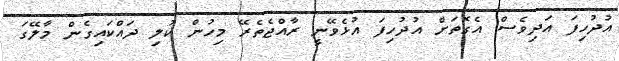
އުދުހިފަ އަދިވެސް އެގޮތަށް އުދުހިފަ އުޅެވޭނީ ރާއްޖެތެރޭ މިހުން ކުލި ދައްކައިގެން މާލޭގަ